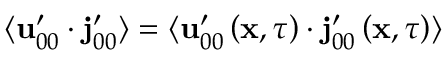
\langle \mathbf { u } _ { 0 0 } ^ { \prime } \cdot \mathbf { j } _ { 0 0 } ^ { \prime } \rangle = \langle \mathbf { u } _ { 0 0 } ^ { \prime } \left( \mathbf { x } , \tau \right) \cdot \mathbf { j } _ { 0 0 } ^ { \prime } \left( \mathbf { x } , \tau \right) \rangle